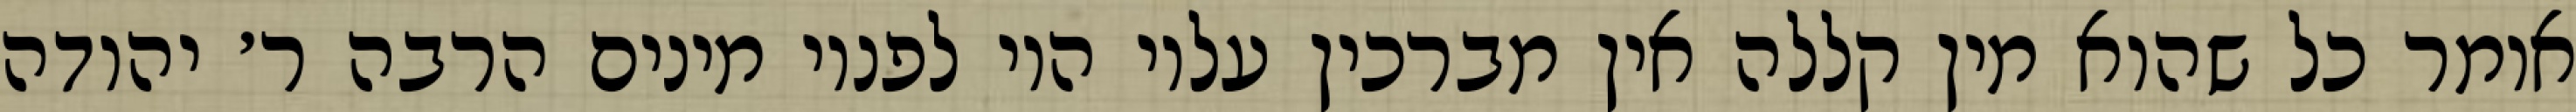
אומר כל שהוא מין קללה אין מברכין עליו היו לפניו מינים הרבה ר׳ יהודה